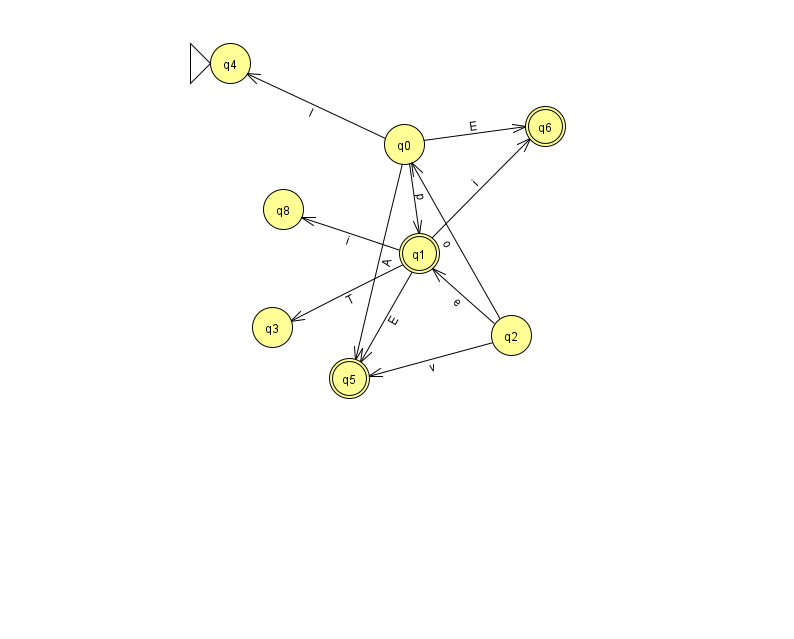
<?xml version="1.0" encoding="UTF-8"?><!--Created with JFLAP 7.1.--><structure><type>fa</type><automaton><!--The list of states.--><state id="0" name="q0"><x>404.0</x><y>131.0</y></state><state id="1" name="q1"><x>419.0</x><y>240.0</y><final/></state><state id="2" name="q2"><x>511.0</x><y>322.0</y></state><state id="3" name="q3"><x>272.0</x><y>314.0</y></state><state id="4" name="q4"><x>230.0</x><y>50.0</y><initial/></state><state id="5" name="q5"><x>349.0</x><y>365.0</y><final/></state><state id="6" name="q6"><x>545.0</x><y>113.0</y><final/></state><state id="8" name="q8"><x>283.0</x><y>196.0</y></state><!--The list of transitions.--><transition><from>0</from><to>4</to><read>l</read></transition><transition><from>0</from><to>1</to><read>p</read></transition><transition><from>2</from><to>1</to><read>e</read></transition><transition><from>1</from><to>6</to><read>i</read></transition><transition><from>2</from><to>0</to><read>o</read></transition><transition><from>0</from><to>5</to><read>A</read></transition><transition><from>1</from><to>8</to><read>i</read></transition><transition><from>1</from><to>5</to><read>E</read></transition><transition><from>0</from><to>6</to><read>E</read></transition><transition><from>1</from><to>3</to><read>T</read></transition><transition><from>2</from><to>5</to><read>v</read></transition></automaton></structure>